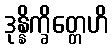
ဒုန္နိက္ခိတ္တေဟိ